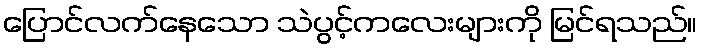
ပြောင်လက်နေသော သဲပွင့်ကလေးများကို မြင်ရသည်။